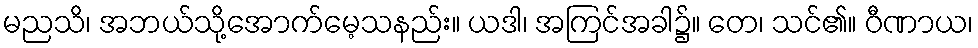
မညသိ၊ အဘယ်သို့အောက်မေ့သနည်း။ ယဒါ၊ အကြင်အခါ၌။ တေ၊ သင်၏။ ဝီဏာယ၊